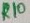
Text: R10